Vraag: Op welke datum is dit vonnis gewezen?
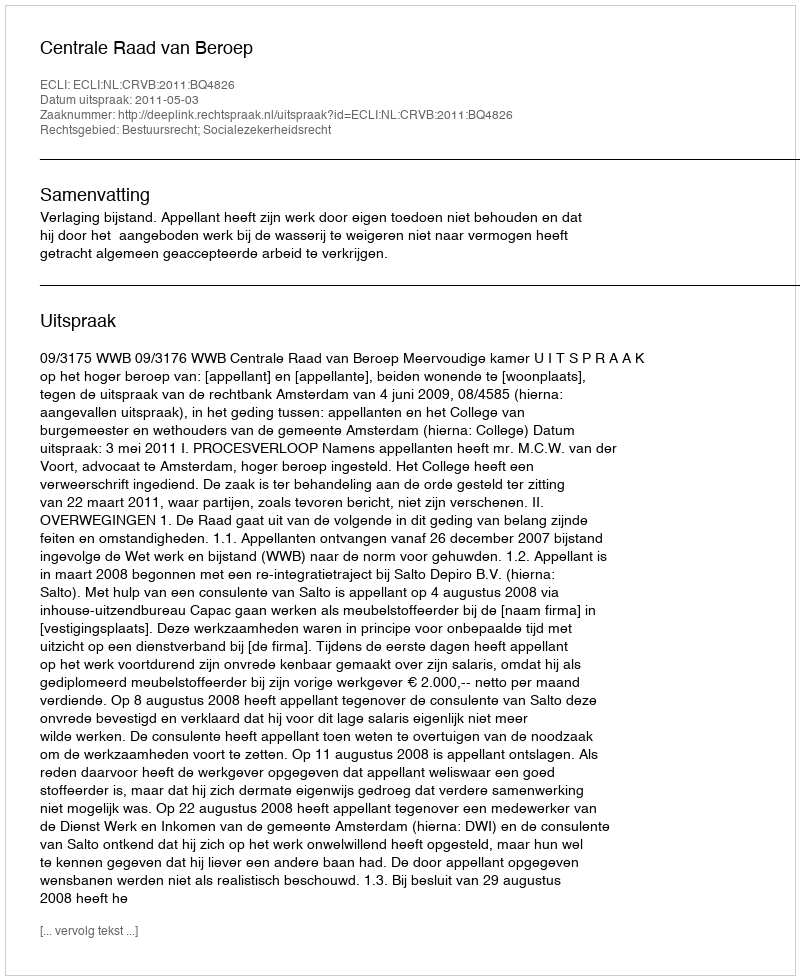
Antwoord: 2011-05-03